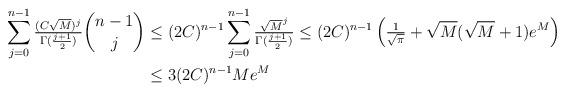
LaTeX: \begin{align*} \sum_{j=0}^{n-1} \tfrac{(C\sqrt{M})^j}{\Gamma(\frac{j+1}{2})}\binom{n-1}{j} &\leq (2C)^{n-1} \sum_{j=0}^{n-1} \tfrac{\sqrt{M}^j}{\Gamma(\frac{j+1}{2})} \leq (2C)^{n-1}\left( \tfrac{1}{\sqrt{\pi}}+ \sqrt{M}(\sqrt{M}+1)e^{M} \right)\\ &\leq 3(2C)^{n-1}Me^M \end{align*}